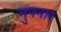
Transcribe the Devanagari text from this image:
मुपनार